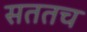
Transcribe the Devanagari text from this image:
सततच